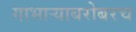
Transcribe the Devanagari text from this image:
गाभाऱ्याबरोबरच